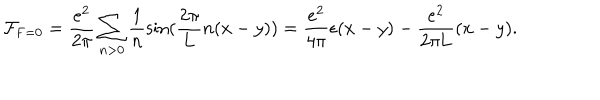
LaTeX: { \cal F } _ { \mathrm { F } = 0 } = \frac { e ^ { 2 } } { 2 \pi } \sum _ { n > 0 } \frac { 1 } { n } \sin ( \frac { 2 \pi } { 2 \pi } { L } n ( x - y ) ) = \frac { e ^ { 2 } } { 4 \pi } \epsilon ( x - y ) - \frac { e ^ { 2 } } { 2 \pi \mathrm { L } } ( x - y ) .